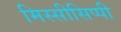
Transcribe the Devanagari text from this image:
मिस्सीसिप्पी